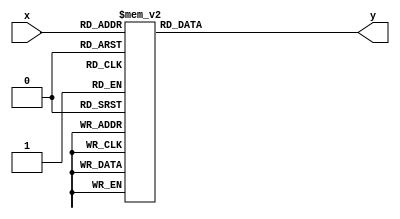
module adder3(x, y);
input [3 : 0] x;
output reg [3 : 0] y;

always @ (x) begin
    case (x) 
        4'b0000 : y <= 4'b0000;
        4'b0001 : y <= 4'b0001;
        4'b0010 : y <= 4'b0010;
        4'b0011 : y <= 4'b0011;
        4'b0100 : y <= 4'b0100;
        4'b0101 : y <= 4'b1000;
        4'b0110 : y <= 4'b1001;
        4'b0111 : y <= 4'b1010;
        4'b1000 : y <= 4'b1011;
        4'b1001 : y <= 4'b1100;
        default : y <= 4'b0000;
    endcase
end
endmodule